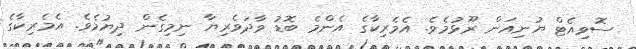
ސޮވިއެޓް ޔުނިއަން ރޫޅުމެވެ. އެމެރިކާގެ އެންމެ ބޮޑު ވާދަވެރިޔާ ނިމިގެން ދިޔުމެވެ. އެމެރިކާގެ